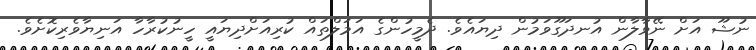
ނުޝޫ އަށް ނޭވާލާން އުނދަގޫވަމުން ދިޔައެވެ. ދެމީހުންގެ އަމަލްތައް ކުރިއަށްދިޔައީ ހީނުކުރާހާ އަނިޔާވެރިކޮށެވެ.